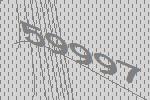
59997